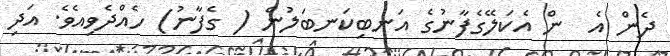
ދެން އެ  ން އެކަލޭގެފާނުގެ އަނބިކަނބަލުން ( ގެފާނު) ހެއްދެވިއެވެ. އަދި